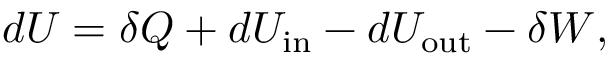
d U = \delta Q + d U _ { \mathrm { i n } } - d U _ { \mathrm { o u t } } - \delta W ,